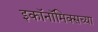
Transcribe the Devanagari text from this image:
इकॉनॉमिक्सच्या